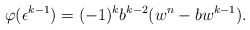
\begin{align*}\varphi(\epsilon^{k-1})= (-1)^{k}b^{k-2}(w^n-bw^{k-1}).\end{align*}